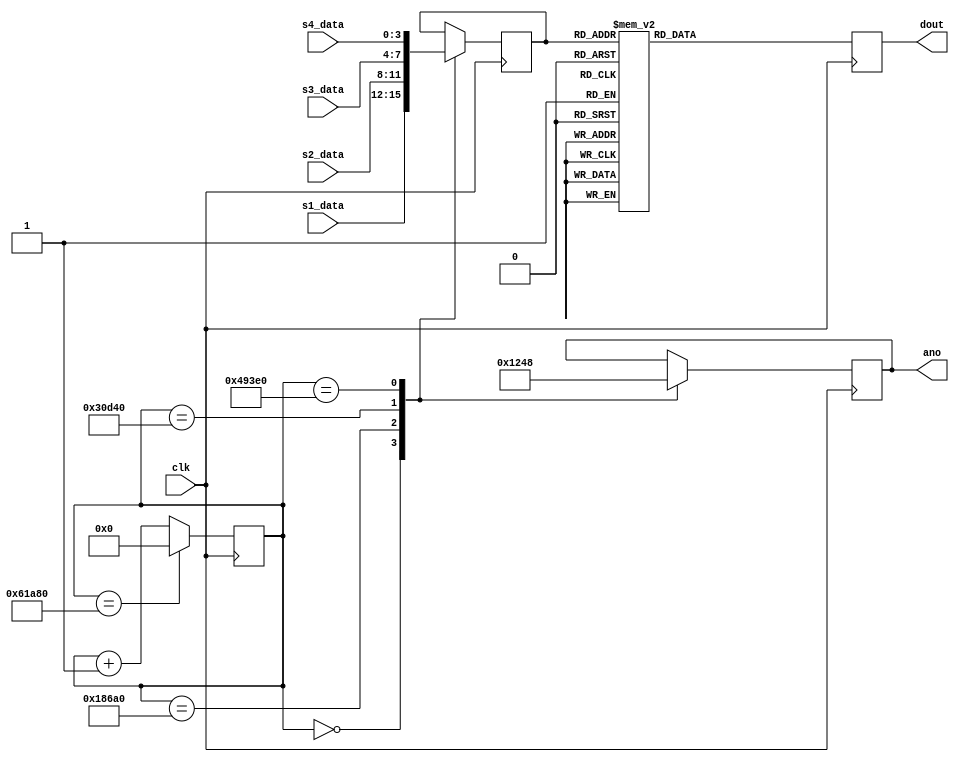
`timescale 1ns / 1ps
module bcd_2_7seg(
        input wire [3:0] s1_data,
        input wire [3:0] s2_data,
        input wire [3:0] s3_data,
        input wire [3:0] s4_data,
        input wire clk,
        output reg [6:0] dout,
        output reg [3:0] ano
        );
    
    reg [3:0] data;
    reg [18:0] times;
    
    initial times = 0;
    initial ano = 4'b0000;
    
    always @ (posedge clk)
        begin
//            else if (stop) begin
//                ano <= 4'b1000; 
//                data <= s4_data;
//            end
        times <= times + 19'b1;
        case (times)
            19'd000000: begin ano <= 4'b0001; data <= s1_data; end
            19'd100000: begin ano <= 4'b0010; data <= s2_data; end
            19'd200000: begin ano <= 4'b0100; data <= s3_data; end
            19'd300000: begin ano <= 4'b1000; data <= s4_data; end
        endcase
        if(times == 400000)
            times <= 19'b0;
        end
            
    always @ (posedge clk)
    begin
        case(data)
            4'h0: dout <= 7'b0111111;
            4'h1: dout <= 7'b0000110;
            4'h2: dout <= 7'b1011011;
            4'h3: dout <= 7'b1001111;
            4'h4: dout <= 7'b1100110;
            4'h5: dout <= 7'b1101101;
            4'h6: dout <= 7'b1111101;
            4'h7: dout <= 7'b0000111;
            4'h8: dout <= 7'b1111111;
            4'h9: dout <= 7'b1101111; 
            4'hA: dout <= 7'b1110111;
            4'hB: dout <= 7'b1111100;
            4'hC: dout <= 7'b0111001;
            4'hD: dout <= 7'b1011110;
            4'hE: dout <= 7'b1111001;
            4'hF: dout <= 7'b1110001;
            default: dout <= 7'b0;
        endcase
    end
endmodule